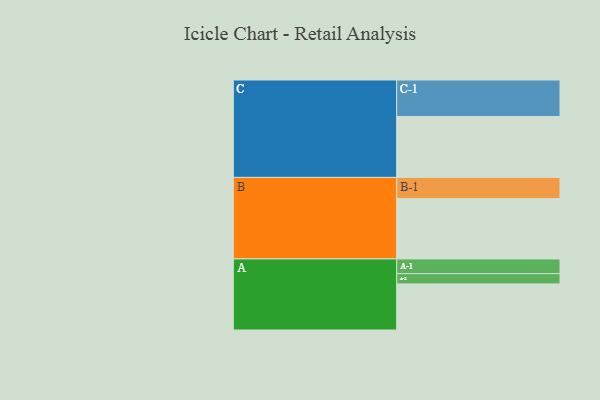
{"axis": {"x": "Segment", "y": "Value"}, "legend": ["", "A", "B", "C"], "data": [{"x": "A", "y": 345, "type": ""}, {"x": "B", "y": 451, "type": ""}, {"x": "C", "y": 456, "type": ""}, {"x": "A-1", "y": 110, "type": "A"}, {"x": "A-2", "y": 77, "type": "A"}, {"x": "B-1", "y": 159, "type": "B"}, {"x": "C-1", "y": 273, "type": "C"}]}